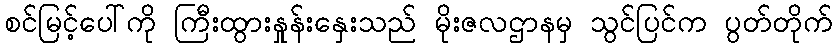
စင်မြင့်ပေါ်ကို ကြီးထွားနှုန်းနှေးသည် မိုးဇလဌာနမှ သွင်ပြင်က ပွတ်တိုက်